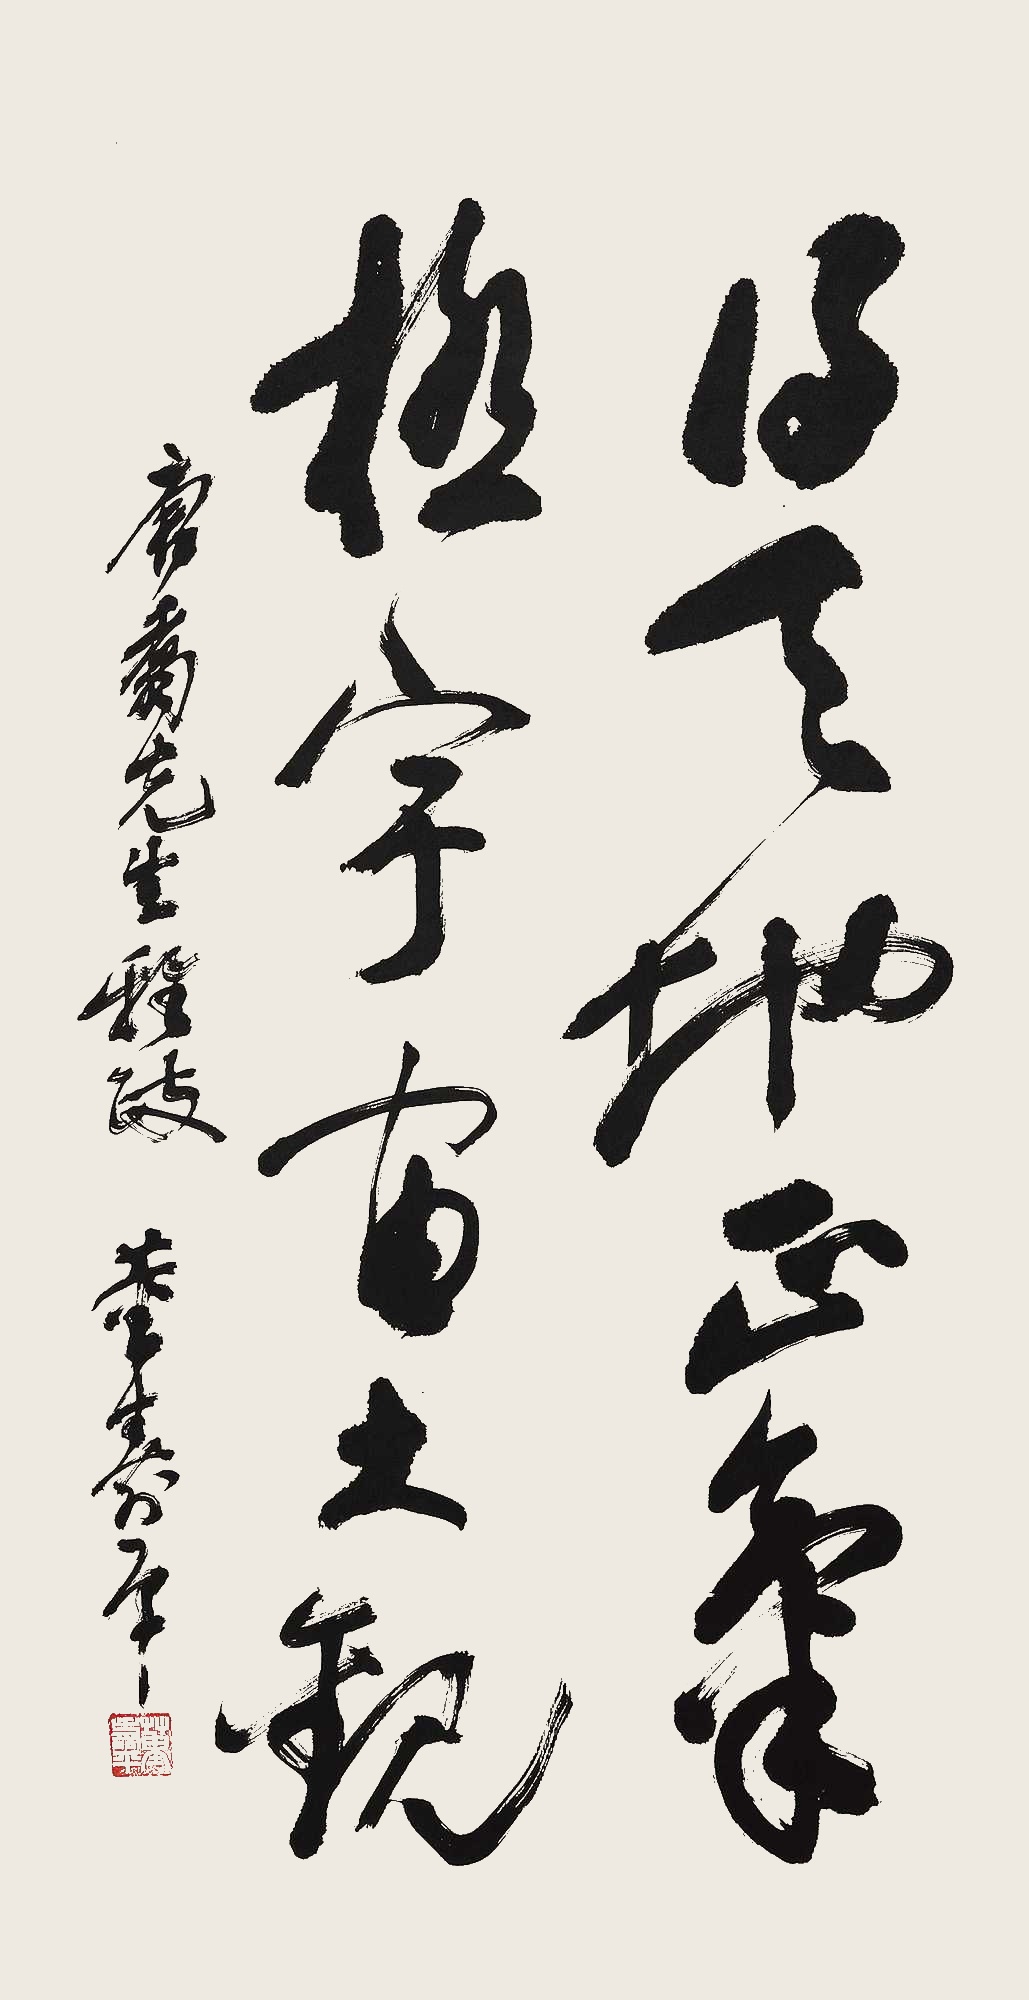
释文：得天地正气，极宇宙大观。唐翥先生雅政。董寿平。